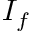
I _ { f }